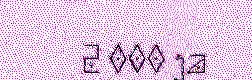
2 000 ja